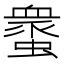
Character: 𧑸